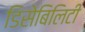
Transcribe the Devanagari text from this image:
डिसेबिलिटी